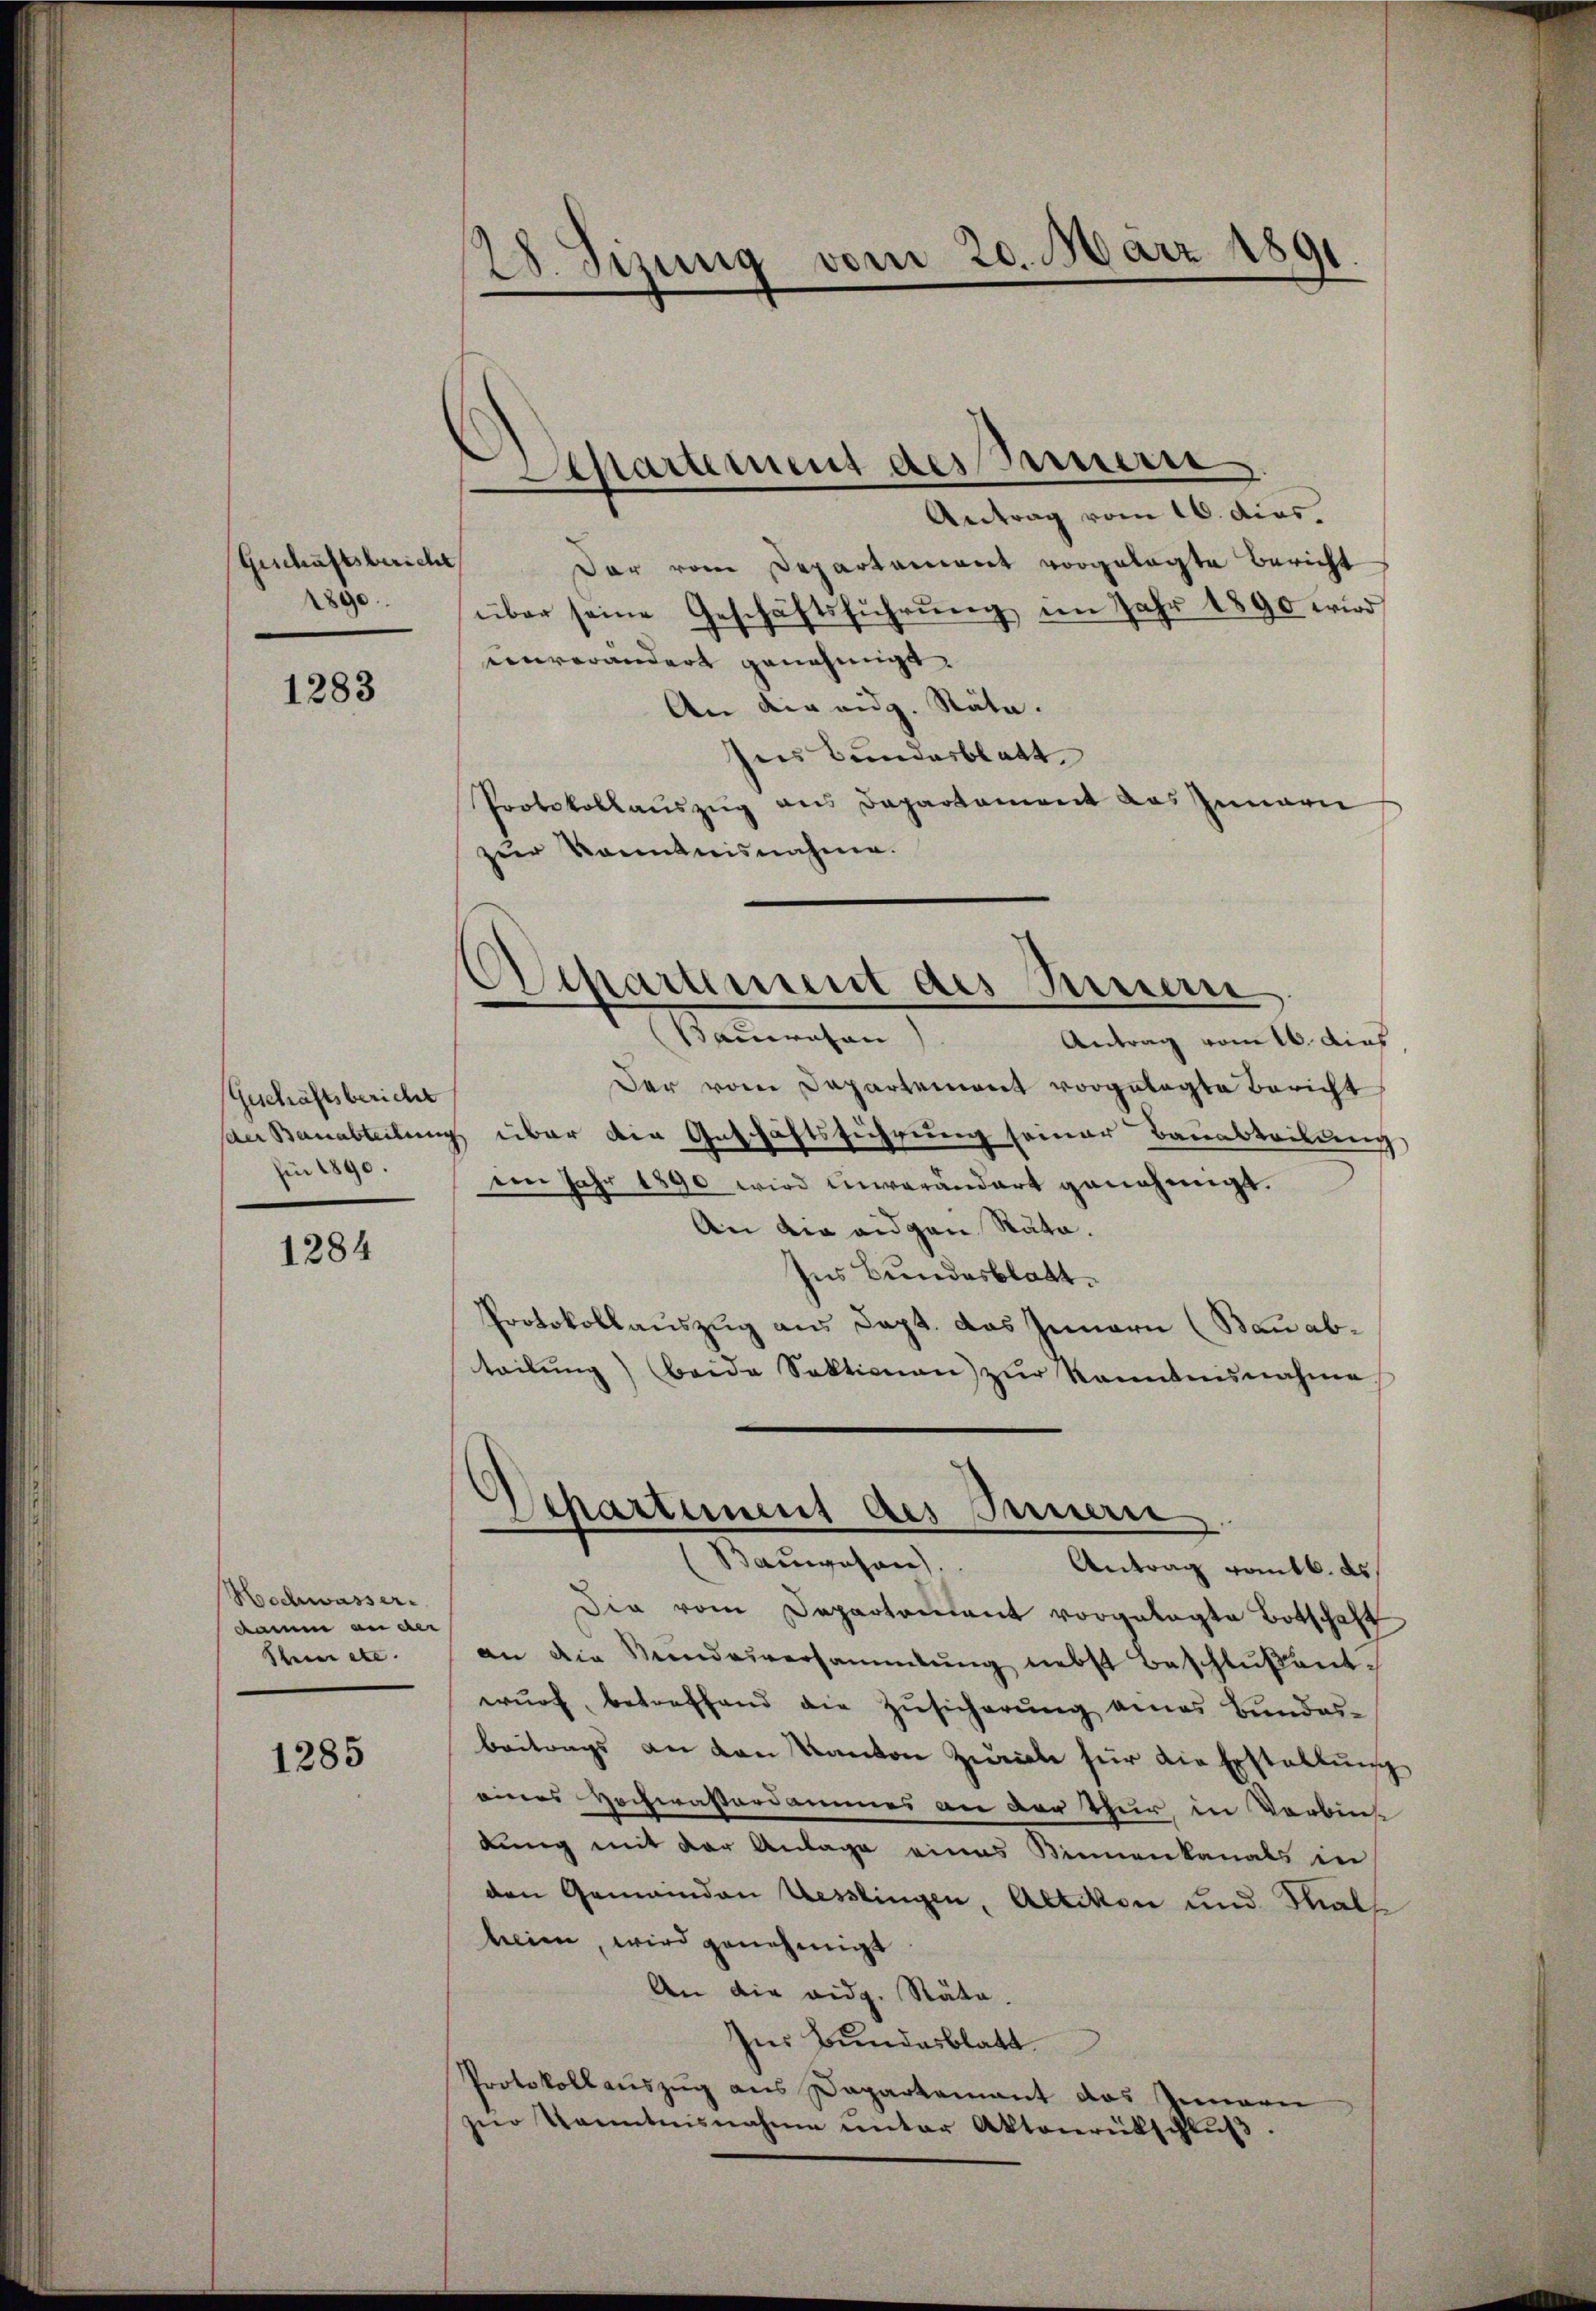
Geschaftsberic
1890

1283

Geschäftsbericht
hin 1890.

1284

Hochwasser.
Damm an der
Stein etc.

1285

28. Sizung vom 20. März 1891.

Departement des Sauern
Antrag vom 16. dies.

Der vom Departament vorgelegte Bericht
über seine Geschäftsführŭng im Jahr 1890 wird
einverändert genehmigt.
An die eidg. Räte.
Ines Bundesblatt
Protokollauszug aus Departament das Innern
zur Kenntnisnahme.

Dipartement des Innern
Bauwesen) Antrag vom 16. dies

Separtement des Innern
(Bauwesen.

Der vom Departement vorgelegte Bericht
der Bauabteilung über die Geschäftsführung seiner Bauabteilung,
den Jahr 1890 wird unverändert genehmigt.
An die eidgen Rata.
Ines Bundesblatt.
Protokollauszug aus Sept. das Innern (Bau abteilŭng beide Sektionen zŭr Kenntnisnahme
Antrag ratt. d
Die vom Departenlaut vorgelegte Botschaft
an die Mundesversammlung nebst Beschlußentwŭrf betreffend die Zŭsicherŭng eines Bundes-
beitrags an den Kanton Zürich für die Erstellung
eines Hochwasserdammes an der Thur in Verbin-
lung mit der Anlage eines Kinnenkanals in
den Gemeinden Uesslingen, Altikon und Mal
heim, wird genehmigt
An die eidg. Räte.
Ins Bundesblatt.
Protokollauszug aus Dapartement das Innern
zŭr Kenntnisnahme unter Aktenrütschlŭβ: